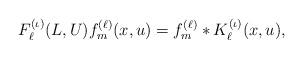
LaTeX: \begin{align*}F_\ell^{(\iota)}(L,U)f_{m}^{(\ell)}(x,u) = f_{m}^{(\ell)} * K_\ell^{(\iota)}(x,u),\end{align*}